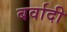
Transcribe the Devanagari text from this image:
बर्वादी